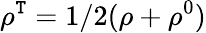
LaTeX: \rho^{\mathtt{T}}=1/2(\rho+\rho^{0})